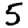
Digit: 5